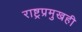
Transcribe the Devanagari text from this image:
राष्ट्रप्रमुखही